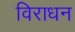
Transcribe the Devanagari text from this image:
विराधन